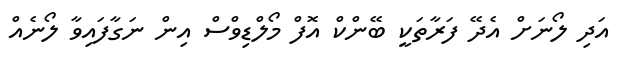
އަދި ލޯނަށް އެދޭ ފަރާތަކީ ބޭންކް އޮފް މޯލްޑިވްސް އިން ނަގާފައިވާ ލޯނެއް